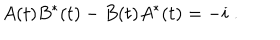
A ( t ) B ^ { \ast } ( t ) - B ( t ) A ^ { \ast } ( t ) = - i \; .